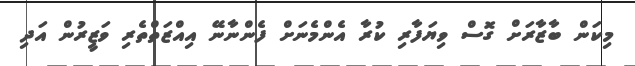
މިކަން ބާޒާރަށް ގޮސް ވިޔަފާރި ކުރާ އެންމެނަށް ފެންނާނޭ އިއްޒަތްތެރި ވަޒީރުން އަދި